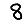
Digit: 8